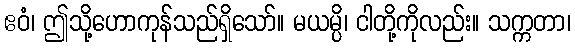
ဧဝံ၊ ဤသို့ဟောကုန်သည်ရှိသော်။ မယမ္ပိ၊ ငါတို့ကိုလည်း။ သက္ကတာ၊